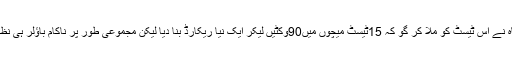
یاسر شاہ نے اس ٹیسٹ کو ملا کر گو کہ 15ٹیسٹ میچوں میں90وکٹیں لیکر ایک نیا ریکارڈ بنا دیا لیکن مجموعی طور پر ناکام باؤلر ہی نظر آئے ۔